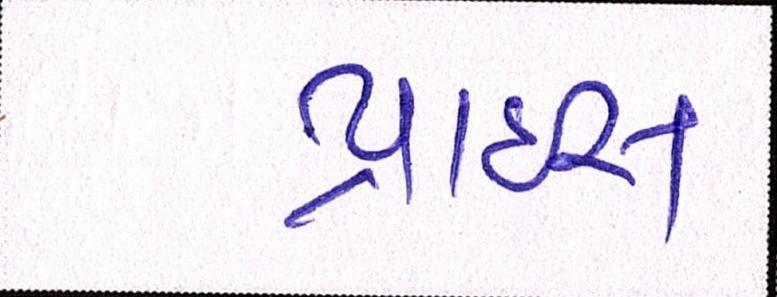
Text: પ્રાઇસ